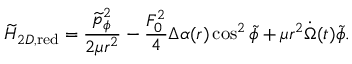
\widetilde { \cal H } _ { 2 D , \mathrm { r e d } } = \frac { \widetilde { p } _ { \phi } ^ { 2 } } { 2 \mu r ^ { 2 } } - \frac { F _ { 0 } ^ { 2 } } { 4 } \Delta \alpha ( r ) \cos ^ { 2 } \widetilde { \phi } + \mu r ^ { 2 } \dot { \Omega } ( t ) \widetilde { \phi } .